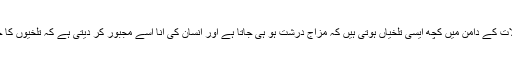
کبھی کبھی حالات کے دامن میں کچھ ایسی تلخیاں ہوتی ہیں کہ مزاج درشت ہو ہی جاتا ہے اور انسان کی انا اسے مجبور کر دیتی ہے کہ تلخیوں کا جواب دیا جائے۔